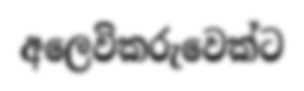
අලෙවිකරුවෙක්ට